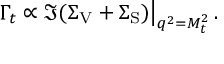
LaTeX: \Gamma _ { t } \propto \Im ( \Sigma _ { \mathrm { V } } + \Sigma _ { \mathrm { S } } ) \big | _ { q ^ { 2 } = M _ { t } ^ { 2 } } \, .